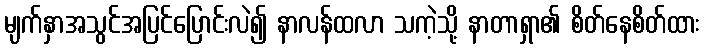
မျက်နှာအသွင်အပြင်ပြောင်းလဲ၍ နာလန်ထလာ သကဲ့သို့ နာတာရှာ၏ စိတ်နေစိတ်ထား